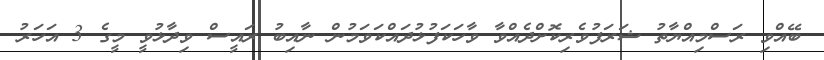
ބޭއްވި ރަސްމިއްޔާތު ޝަރަފުވެރިކޮށްދެއްވާ ވާހަކަފުޅުދައްކަވަމުން ނާއިބު ރައީސް ވިދާޅުވީ މީގެ 3 އަހަރު